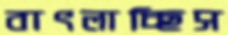
বাৎলাচ্ছিস